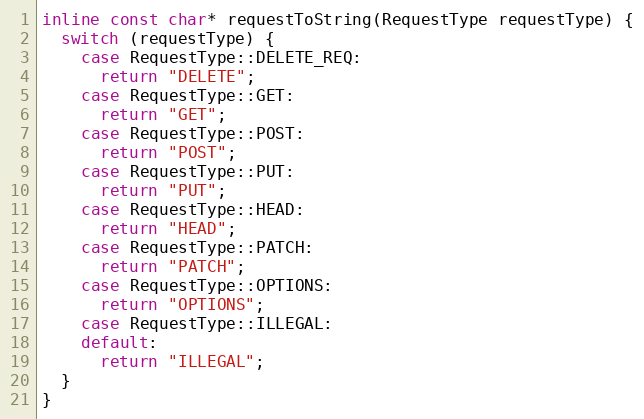
Language: C
inline const char* requestToString(RequestType requestType) {
  switch (requestType) {
    case RequestType::DELETE_REQ:
      return "DELETE";
    case RequestType::GET:
      return "GET";
    case RequestType::POST:
      return "POST";
    case RequestType::PUT:
      return "PUT";
    case RequestType::HEAD:
      return "HEAD";
    case RequestType::PATCH:
      return "PATCH";
    case RequestType::OPTIONS:
      return "OPTIONS";
    case RequestType::ILLEGAL:
    default:
      return "ILLEGAL";
  }
}